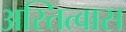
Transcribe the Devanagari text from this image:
अस्तित्वास